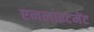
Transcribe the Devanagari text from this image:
एनलाइटमेंट